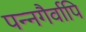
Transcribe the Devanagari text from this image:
पन्नगैर्वापि